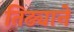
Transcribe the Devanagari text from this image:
तिढ्याने